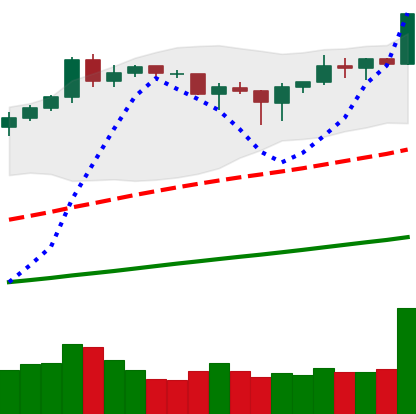
Ticker: BNB-USD
Chart end date: 2019-04-18
Forward return: 3.802%
Label: up_3_5